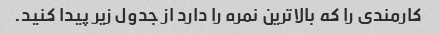
کارمندی را که بالاترین نمره را دارد از جدول زیر پیدا کنید.